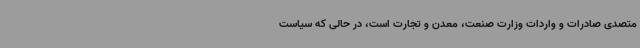
متصدی صادرات و واردات وزارت صنعت، معدن و تجارت است، در حالی که سیاست